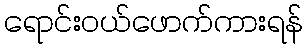
ရောင်းဝယ်ဖောက်ကားရန်